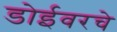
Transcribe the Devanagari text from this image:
डोईवरचे